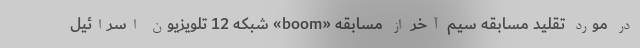
در مورد تقلید مسابقه سیم آخر از مسابقه «boom» شبکه 12 تلویزیون اسرائیل